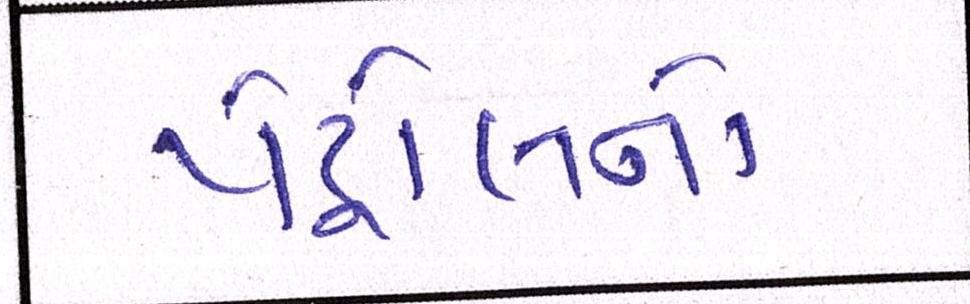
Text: પેટ્રોલનો